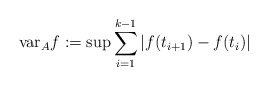
\begin{align*}{\rm var}_A f := \sup \sum^{k-1}_{i=1} |f(t_{i+1}) - f(t_{i})| \end{align*}